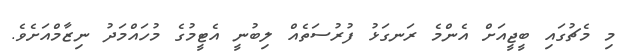
މި މެޗުގައި ބީޖީއަށް އެންމެ ރަނގަޅު ފުރުސަތެއް ލިބުނީ އެޓީމުގެ މުހައްމަދު ނިޒާމްއަށެވެ.